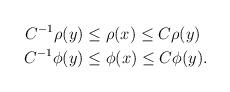
LaTeX: \begin{align*}C^{-1} \rho(y) &\le \rho(x) \le C \rho(y)\\C^{-1} \phi(y) &\le \phi(x) \le C \phi(y).\end{align*}